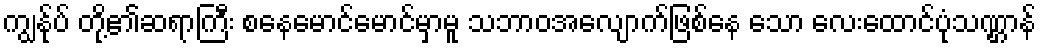
ကျွန်ုပ် တို့၏ဆရာကြီး စနေမောင်မောင်မှာမူ သဘာဝအလျောက်ဖြစ်နေ သော လေးထောင်ပုံသဏ္ဌာန်